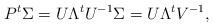
LaTeX: \begin{align*}P^t \Sigma = U \Lambda^t U^{-1} \Sigma = U \Lambda^t V^{-1},\end{align*}